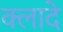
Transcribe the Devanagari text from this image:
क्लादे